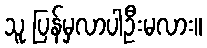
သူ ပြန်မှလာပါဦးမလား။